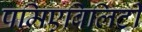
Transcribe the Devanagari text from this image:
पमिएबिलिटी